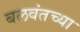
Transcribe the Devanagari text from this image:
बलवंतच्या